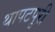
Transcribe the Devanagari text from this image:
थापटपुरी